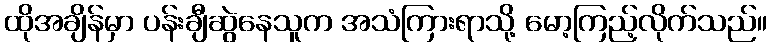
ထိုအချိန်မှာ ပန်းချီဆွဲနေသူက အသံကြားရာသို့ မော့ကြည့်လိုက်သည်။